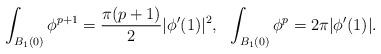
LaTeX: \begin{align*}\int_{B_1(0)}\phi^{p+1}=\frac{\pi(p+1)}{2}|\phi'(1)|^2,\ \ \int_{B_1(0)}\phi^{p}= 2\pi|\phi'(1)|.\end{align*}